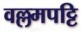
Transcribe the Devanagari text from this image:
वल्लमपट्टि